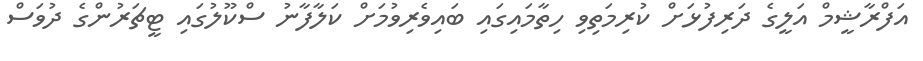
އަފްރާޝީމް އަލީގެ ދަރިފުޅަށް ކުރިމަތިވި ހިތާމައިގައި ބައިވެރިވުމަށް ކަލާފާނު ސްކޫލުގައި ޓީޗަރުންގެ ދުވަސް